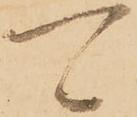
可